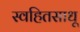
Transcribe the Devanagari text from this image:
स्वहितसाधू